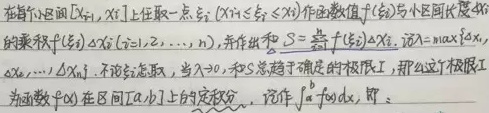
在每个小区间\([x_{i - 1},x_i]\)上任取一点\(\xi_i(x_{i - 1}\leq\xi_i\leq x_i)\)作函数值\(f(\xi_i)\)与小区间长度\(\Delta x_i\)
的乘积\(f(\xi_i)\Delta x_i(i = 1,2,\cdots,n)\)，并作出和\(S=\sum_{i = 1}^{n}f(\xi_i)\Delta x_i\)。设\(\lambda=\max\{\Delta x_1,
\Delta x_2,\cdots,\Delta x_n\}\)。不论\(\xi_i\)怎取，当\(\lambda\to 0\)，和\(S\)总趋于确定的极限\(I\)，那么这个极限\(I\)
为函数\(f(x)\)在区间\([a,b]\)上的定积分， 记作\(\int_{a}^{b}f(x)dx\)，即。